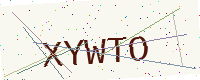
Text: XYWTO